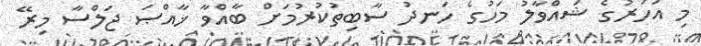
މި އަހަރުގެ ޝައްވާލު މަހުގެ ހަނދު ސާބިތުކުރުމަށް ބާއްވާ ޚާއްޞަ ޖަލްސާ މިރޭ